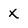
Character: x